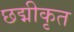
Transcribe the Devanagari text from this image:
छद्मीकृत